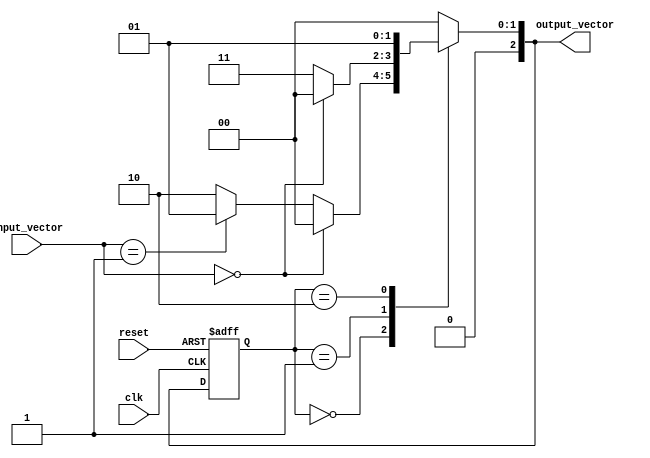
module mealy_fsm (
    input wire clk,                // Clock signal
    input wire reset,              // Asynchronous reset
    input wire [M-1:0] input_vector, // Input vector (M bits)
    output reg [N-1:0] output_vector // Output vector (N bits)
);

parameter N = 3; // Number of bits for state representation
parameter M = 2; // Number of bits for input representation

// State encoding
localparam S0 = 3'b000;
localparam S1 = 3'b001;
localparam S2 = 3'b010;
localparam S3 = 3'b011;

// Current state and next state registers
reg [N-1:0] current_state, next_state;

// State transition logic
always @(*) begin
    case (current_state)
        S0: begin
            if (input_vector == 2'b00) begin
                next_state = S0;
                output_vector = 2'b00; // Output for S0
            end else if (input_vector == 2'b01) begin
                next_state = S1;
                output_vector = 2'b01; // Output for S1
            end else begin
                next_state = S2;
                output_vector = 2'b10; // Output for S2
            end
        end
        S1: begin
            if (input_vector == 2'b00) begin
                next_state = S0;
                output_vector = 2'b00; // Output for S0
            end else begin
                next_state = S3;
                output_vector = 2'b11; // Output for S3
            end
        end
        S2: begin
            next_state = S1;
            output_vector = 2'b01; // Output for S1
        end
        S3: begin
            next_state = S0;
            output_vector = 2'b00; // Output for S0
        end
        default: begin
            next_state = S0;
            output_vector = 2'b00; // Default output
        end
    endcase
end

// Sequential logic for state transition
always @(posedge clk or posedge reset) begin
    if (reset) begin
        current_state <= S0; // Reset to initial state
    end else begin
        current_state <= next_state; // Update current state
    end
end

endmodule